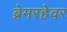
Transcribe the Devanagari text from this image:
ब्रेमरहेवर